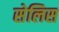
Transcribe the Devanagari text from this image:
सेलिस